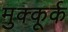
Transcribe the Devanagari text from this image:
मुक्कूर्क